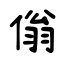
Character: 傟